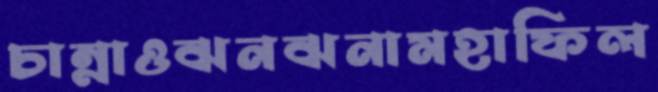
চান্নাওঝনঝনামহাফিল